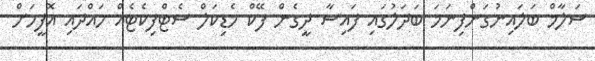
ސަލާމް ބަލައިނުގަންފިނަމަ ބަދަލުގައި ފައިސާ ދީގެން ފޭކް މެޑިކަލް ސެޓްފިކެޓެއް ހައްދައި އޮފީހަށް